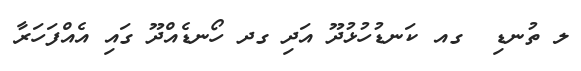
ލ ތުނޑި  ގއ ކަނޑުހުޅުދޫ އަދި ގދ ހޯނޑެއްދޫ ގައި އެއްފަހަރާ